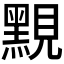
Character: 𪑈